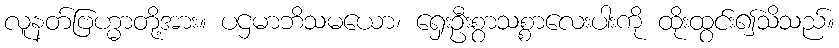
လူနတ်ဗြဟ္မာတို့အား။ ပဌမာဘိသမယော၊ ရှေးဦးစွာသစ္စာလေးပါးကို ထိုးထွင်း၍သိသည်။